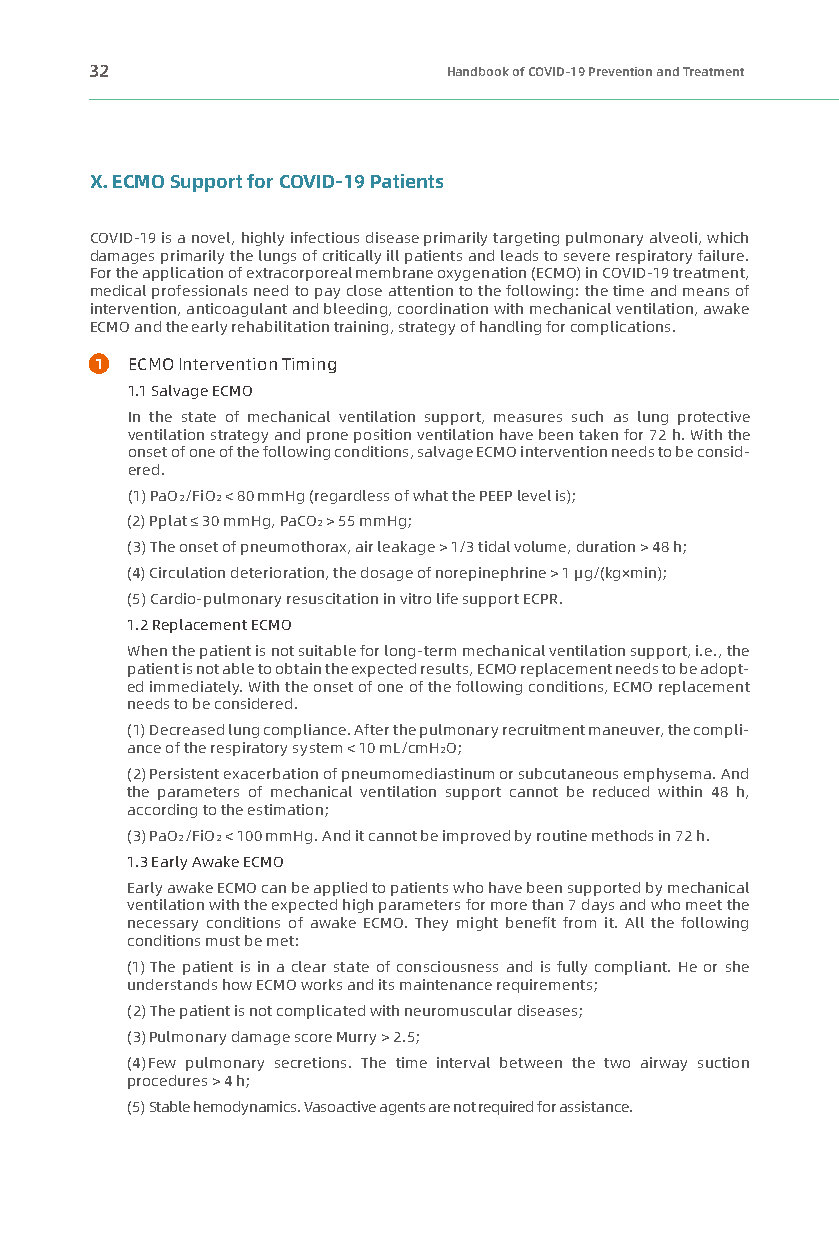
32                      Handbook of COVID-19 Prevention and Treatment
 X. ECMO Support for COVID-19 Patients
 COVID-19 is a novel, highly infectious disease primarily targeting pulmonary alveoli, which
 damages primarily the lungs of critically ill patients and leads to severe respiratory failure.
 For the application of extracorporeal membrane oxygenation (ECMO) in COVID-19 treatment,
 medical professionals need to pay close attention to the following: the time and means of
 intervention, anticoagulant and bleeding, coordination with mechanical ventilation, awake
 ECMO and the early rehabilitation training, strategy of handling for complications.
 1 ECMO Intervention Timing
 1.1 Salvage ECMO
 In the state of mechanical ventilation support, measures such as lung protective
 ventilation strategy and prone position ventilation have been taken for 72 h. With the
 onset of one of the following conditions, salvage ECMO intervention needs to be consid-
 ered.
 (1) PaO2/FiO2 < 80 mmHg (regardless of what the PEEP level is);
 (2) Pplat ≤ 30 mmHg, PaCO2 > 55 mmHg;
 (3) The onset of pneumothorax, air leakage > 1/3 tidal volume, duration > 48 h;
 (4) Circulation deterioration, the dosage of norepinephrine > 1 μg/(kg×min);
 (5) Cardio-pulmonary resuscitation in vitro life support ECPR.
 1.2 Replacement ECMO
 When the patient is not suitable for long-term mechanical ventilation support, i.e., the
 patient is not able to obtain the expected results, ECMO replacement needs to be adopt-
 ed immediately. With the onset of one of the following conditions, ECMO replacement
 needs to be considered.
 (1)Decreased lung compliance. After the pulmonary recruitment maneuver, the compli-
 ance of the respiratory system < 10 mL/cmH2O;
 (2) Persistent exacerbation of pneumomediastinum or subcutaneous emphysema. And
 the parameters of mechanical ventilation support cannot be reduced within 48 h,
 according to the estimation;
 (3) PaO2/FiO2 < 100 mmHg. And it cannot be improved by routine methods in 72 h.
 1.3 Early Awake ECMO
 Early awake ECMO can be applied to patients who have been supported by mechanical
 ventilation with the expected high parameters for more than 7 days and who meet the
 necessary conditions of awake ECMO. They might benefit from it. All the following
 conditions must be met:
 (1) The patient is in a clear state of consciousness and is fully compliant. He or she
 understands how ECMO works and its maintenance requirements;
 (2) The patient is not complicated with neuromuscular diseases;
 (3) Pulmonary damage score Murry > 2.5;
 (4) Few pulmonary secretions. The time interval between the two airway suction
 procedures > 4 h;
 (5) Stable hemodynamics. Vasoactive agents are not required for assistance.